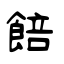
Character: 餢